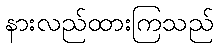
နားလည်ထားကြသည်